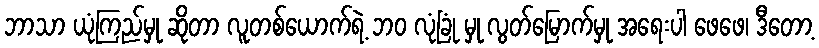
ဘာသာ ယုံကြည်မှု ဆိုတာ လူတစ်ယောက်ရဲ့ ဘဝ လုံခြုံ မှု လွတ်မြောက်မှု အရေးပါ ဖေဖေ၊ ဒီတော့